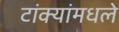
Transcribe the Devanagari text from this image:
टांक्यांमधले